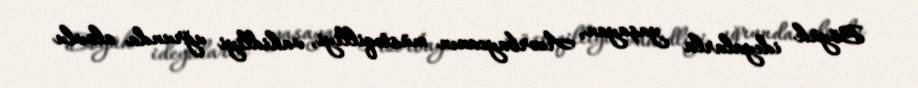
Böyük ideyalarla yaşayan, Azərbaycanın müstəqilliyi, vahidliyi uğrunda alovlu